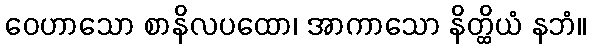
ဝေဟာသော စာနိလပထော၊ အာကာသော နိတ္ထိယံ နဘံ။